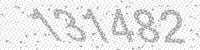
Solution: 131482